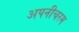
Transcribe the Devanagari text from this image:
अपनीचरम